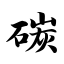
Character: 碳